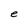
Character: e